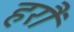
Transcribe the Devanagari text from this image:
हरौं